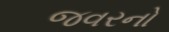
જવરનો